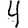
Digit: 4